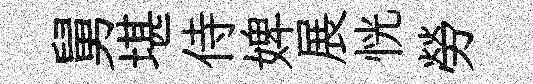
舅堪侍婢展恍勞